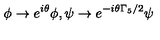
\phi \rightarrow e ^ { i \theta } \phi , \psi \rightarrow e ^ { - i \theta \Gamma _ { 5 } / 2 } \psi